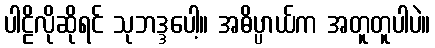
ပါဠိလိုဆိုရင် သုဘဒ္ဒပေါ့။ အဓိပ္ပာယ်က အတူတူပါပဲ။